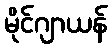
မိုင်ဂျာယန်